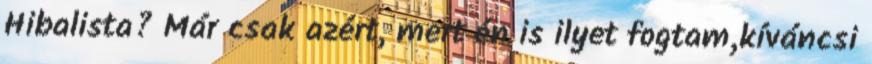
Hibalista? Már csak azért, mert én is ilyet fogtam,kíváncsi